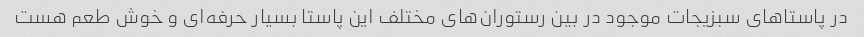
در پاستاهای سبزیجات موجود در بین رستوران‌های مختلف این پاستا بسیار حرفه‌ای و خوش طعم هست